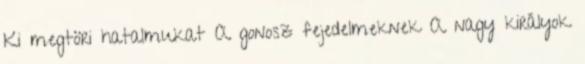
Ki megtöri hatalmukat A gonosz fejedelmeknek A nagy királyok